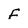
Character: F